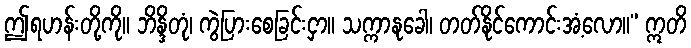
ဤရဟန်းတို့ကို။ ဘိန္ဒိတုံ၊ ကွဲပြားစေခြင်းငှာ။ သက္ကာနုခေါ၊ တတ်နိုင်ကောင်းအံ့လော။” ဣတိ